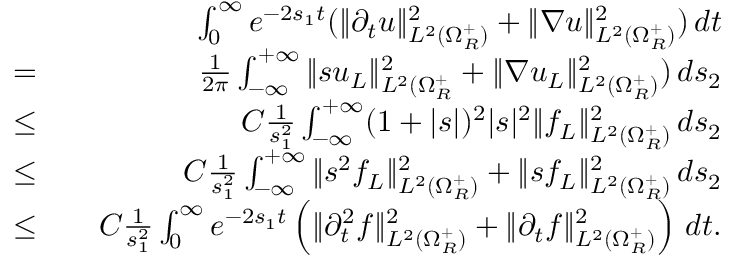
\begin{array} { r l r } & { } & { \int _ { 0 } ^ { \infty } e ^ { - 2 s _ { 1 } t } ( \| \partial _ { t } u \| _ { L ^ { 2 } ( \Omega _ { R } ^ { + } ) } ^ { 2 } + \| \nabla u \| _ { L ^ { 2 } ( \Omega _ { R } ^ { + } ) } ^ { 2 } ) \, d t } \\ { = } & { } & { \frac { 1 } { 2 \pi } \int _ { - \infty } ^ { + \infty } \| s u _ { L } \| _ { L ^ { 2 } ( \Omega _ { R } ^ { + } } ^ { 2 } + \| \nabla u _ { L } \| _ { L ^ { 2 } ( \Omega _ { R } ^ { + } ) } ^ { 2 } ) \, d s _ { 2 } } \\ { \leq } & { } & { C \frac { 1 } { s _ { 1 } ^ { 2 } } \int _ { - \infty } ^ { + \infty } ( 1 + | s | ) ^ { 2 } | s | ^ { 2 } \| f _ { L } \| _ { L ^ { 2 } ( \Omega _ { R } ^ { + } ) } ^ { 2 } \, d s _ { 2 } } \\ { \leq } & { } & { C \frac { 1 } { s _ { 1 } ^ { 2 } } \int _ { - \infty } ^ { + \infty } \| s ^ { 2 } f _ { L } \| _ { L ^ { 2 } ( \Omega _ { R } ^ { + } ) } ^ { 2 } + \| s f _ { L } \| _ { L ^ { 2 } ( \Omega _ { R } ^ { + } ) } ^ { 2 } \, d s _ { 2 } } \\ { \leq } & { } & { C \frac { 1 } { s _ { 1 } ^ { 2 } } \int _ { 0 } ^ { \infty } e ^ { - 2 s _ { 1 } t } \left( \| \partial _ { t } ^ { 2 } f \| _ { L ^ { 2 } ( \Omega _ { R } ^ { + } ) } ^ { 2 } + \| \partial _ { t } f \| _ { L ^ { 2 } ( \Omega _ { R } ^ { + } ) } ^ { 2 } \right) \, d t . } \end{array}